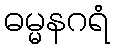
ဓမ္မနဂရံ